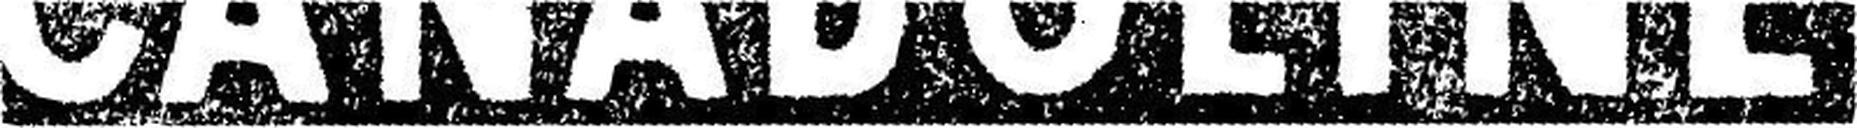
CANADOLINE